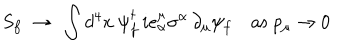
S _ { f } ~ \rightarrow ~ \int d ^ { 4 } x ~ \psi _ { f } ^ { \dagger } \, i e _ { \alpha } ^ { \mu } \sigma ^ { \alpha } \, \partial _ { \mu } \psi _ { f } \quad \mathrm { a s } \; p _ { \mu } \rightarrow 0